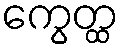
ကွေတ္ထ